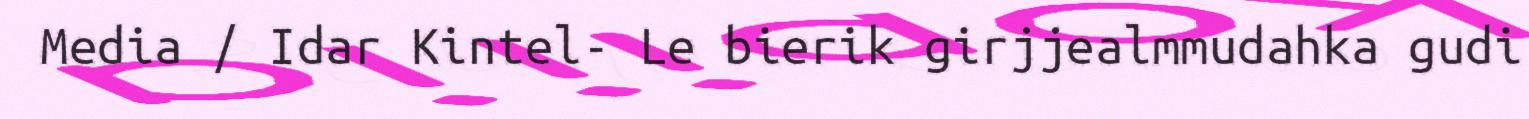
Media / Idar Kintel- Le bierik girjjealmmudahka gudi